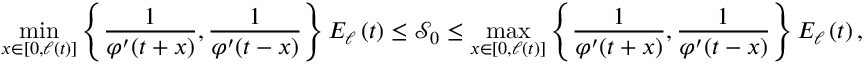
\operatorname* { m i n } _ { x \in \left[ 0 , \ell \left( t \right) \right] } \left\{ \frac { 1 } { \varphi ^ { \prime } ( t + x ) } , \frac { 1 } { \varphi ^ { \prime } ( t - x ) } \right\} E _ { \ell } \left( t \right) \leq \mathcal { S } _ { 0 } \leq \operatorname* { m a x } _ { x \in \left[ 0 , \ell \left( t \right) \right] } \left\{ \frac { 1 } { \varphi ^ { \prime } ( t + x ) } , \frac { 1 } { \varphi ^ { \prime } ( t - x ) } \right\} E _ { \ell } \left( t \right) ,